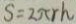
S = 2 \pi r h